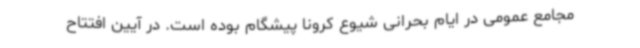
مجامع عمومی در ایام بحرانی شیوع کرونا پیشگام بوده است. در آیین افتتاح